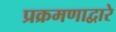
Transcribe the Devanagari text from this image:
प्रक्रमणाद्वारे